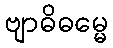
ဗျာဓိဓမ္မေ